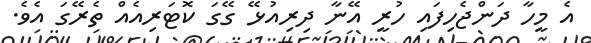
އެ މީހާ ދަންޖެހިފައި ހުރީ އޭނާ ދިރިއުޅޭ ގޭގަ ކޮޓަރިއެއް ތެރޭގަ އެވެ.